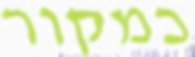
כמקור